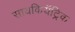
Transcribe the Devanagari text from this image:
सायकियॅट्रिक